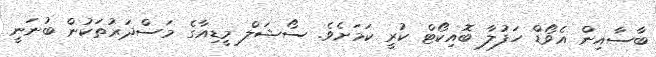
ބާސާއިން އެވޯޑް ހަފުލާ ބޮއިކޯޓް ކުރީ ކަމަށެވެ. ސޯޝަލް މީޑިއާގެ މަސްދަރުތަކުން ބުނަނީ